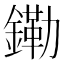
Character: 𫓀